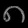
Digit: ၈